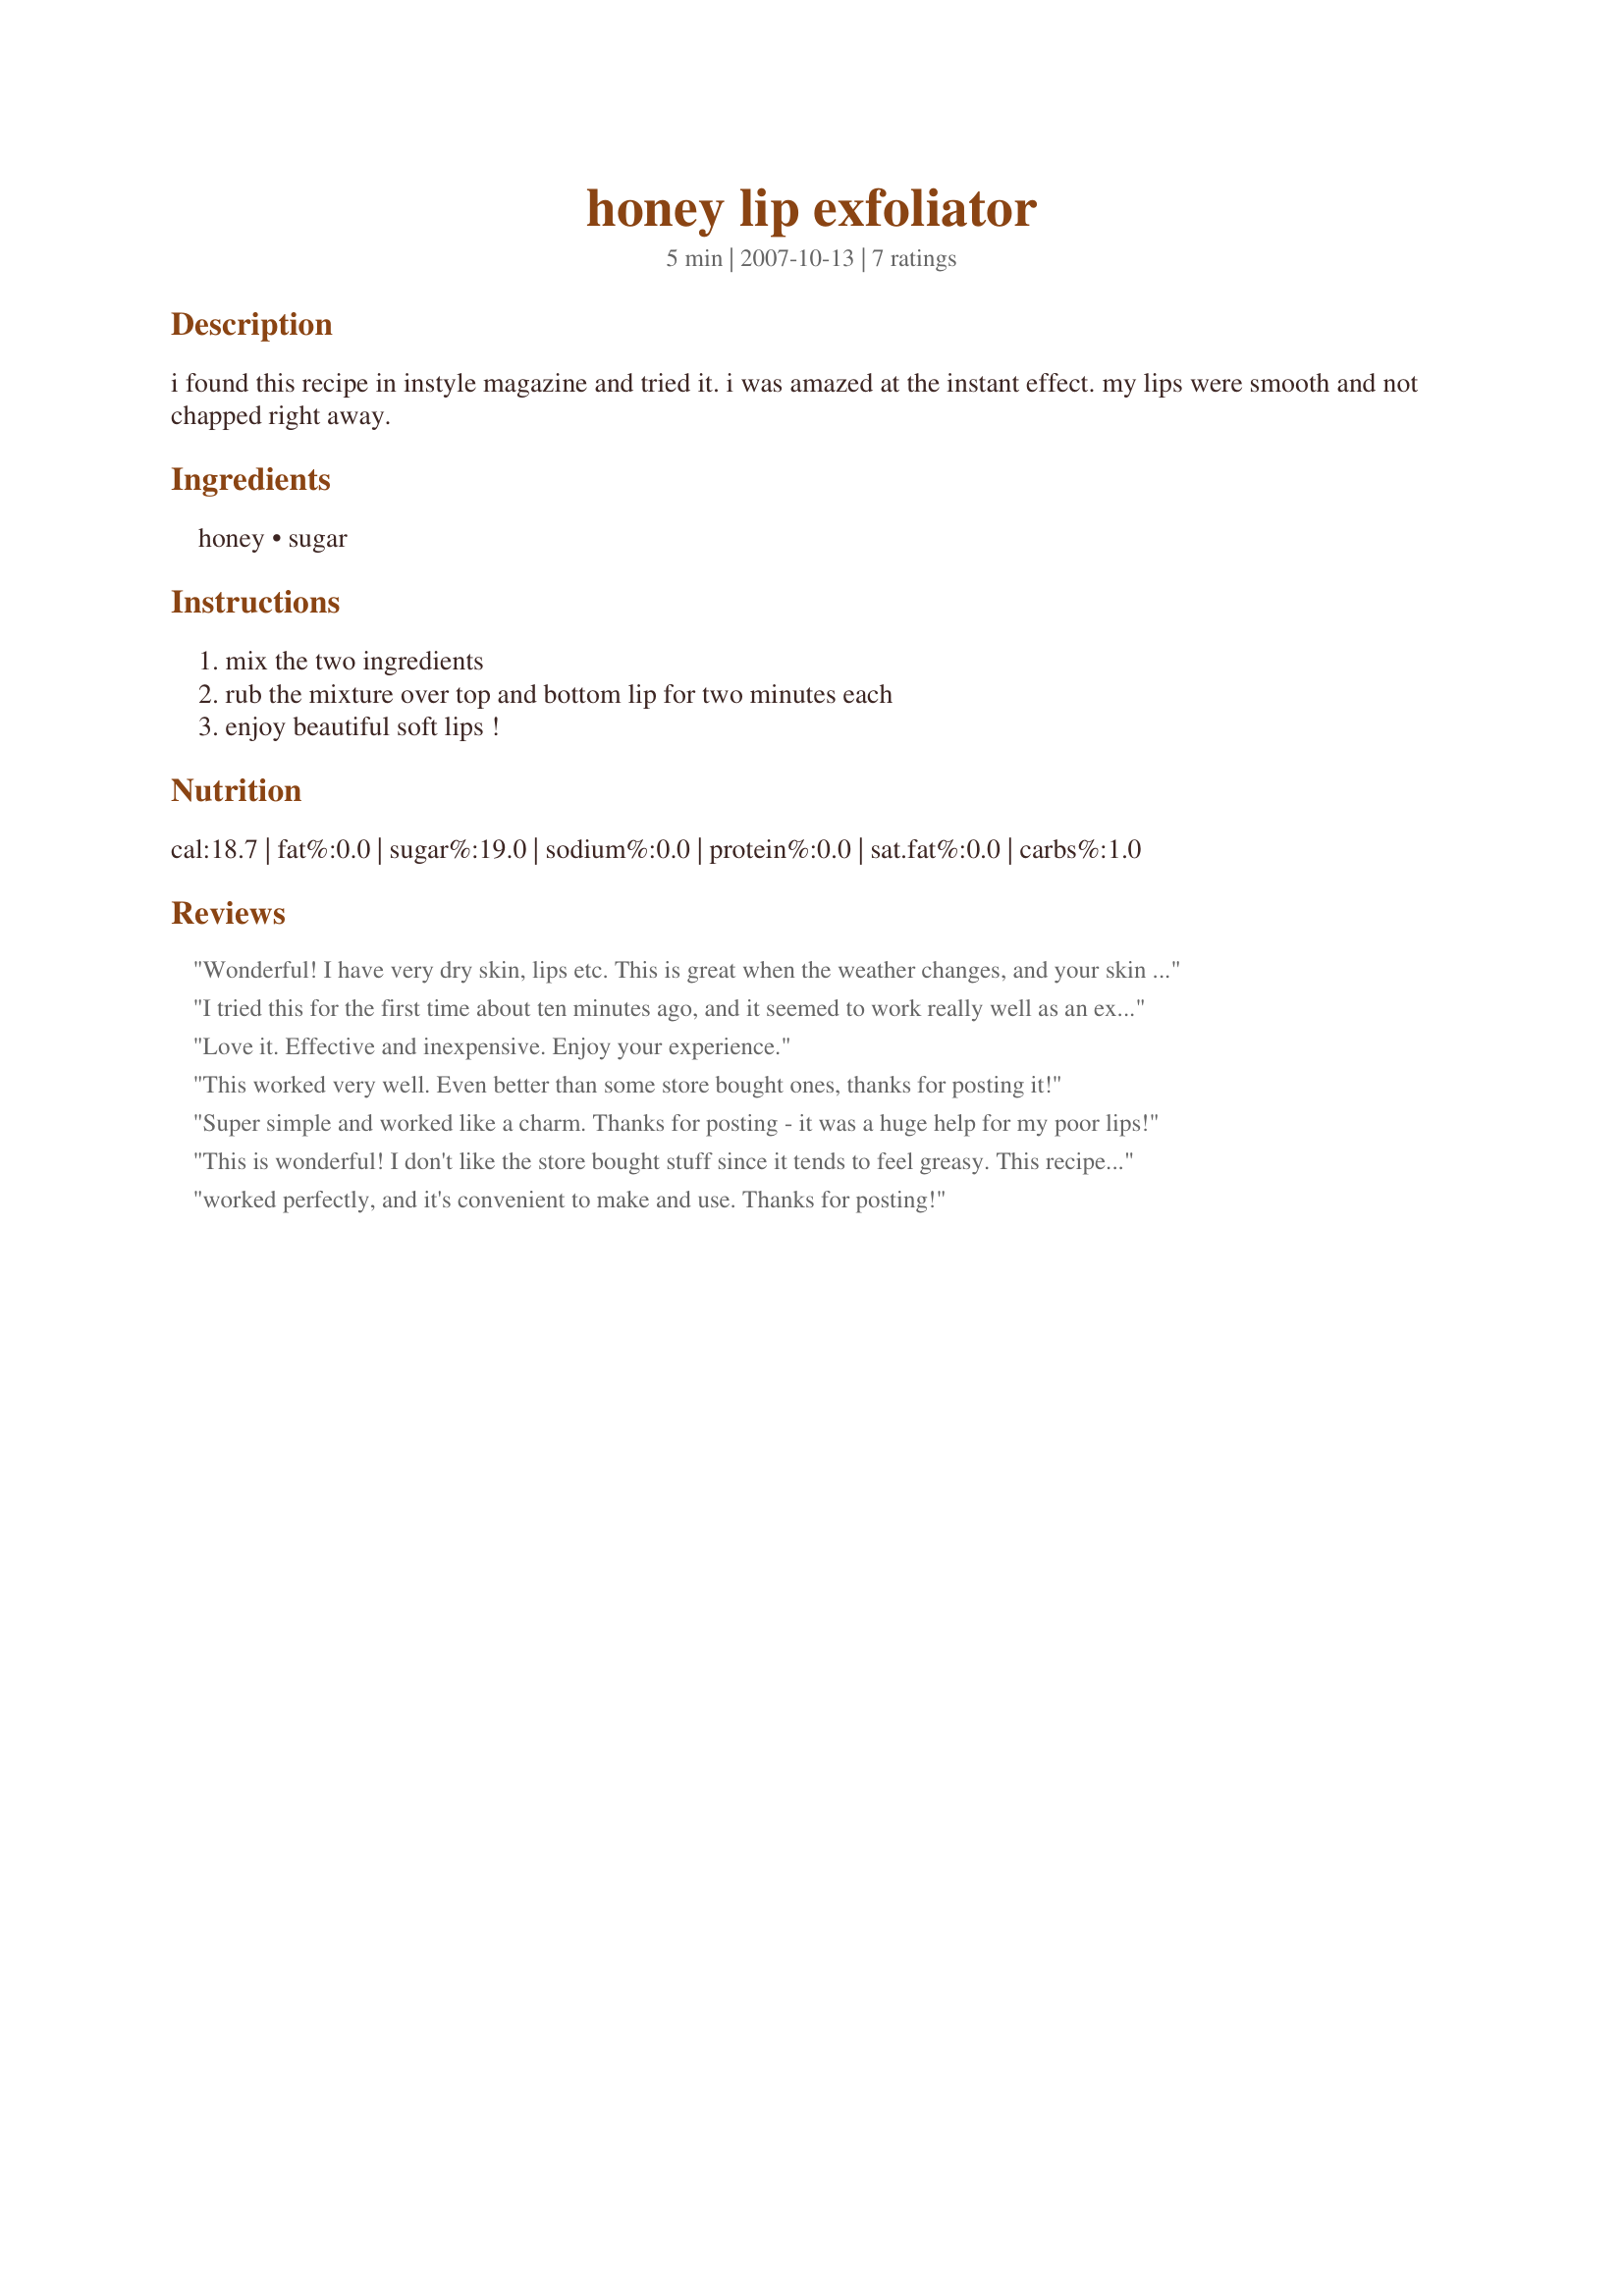
honey lip exfoliator
Preparation time: 5 minutes

i found this recipe in instyle magazine and tried it. i was amazed at the instant effect. my lips were smooth and not chapped right away.

Ingredients:
honey, sugar

Steps:
mix the two ingredients, rub the mixture over top and bottom lip for two minutes each, enjoy beautiful soft lips !

Reviews:
Wonderful! I have very dry skin, lips etc. This is great when the weather changes, and your skin gets chapped. Or if your skin * lips* are just dry like mine.
I tried this for the first time about ten minutes ago, and it seemed to work really well as an exfoliant. The only change I might make in the future is to cut the recipe in half for just one use. Thanks! UPDATE: I've used this two or three more times now and am greatly impressed by it. As other reviewers have said, it really does seem to work better than some commercial exfoliants. I also like the fact that it rinses off with warm water without leaving any sticky residue - that surprised me!
Love it. Effective and inexpensive. Enjoy your experience.
This worked very well. Even better than some store bought ones, thanks for posting it!
Super simple and worked like a charm. Thanks for posting - it was a huge help for my poor lips!
This is wonderful! I don't like the store bought stuff since it tends to feel greasy. This recipe was great- my lips are super soft- even my hubby noticed!! I used the rest on my hands- I can't get over how soft they are! I will treasure this recipe for a long time. Thank you! :)
worked perfectly, and it's convenient to make and use. Thanks for posting!
